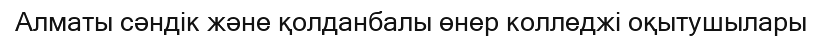
Алматы сәндік және қолданбалы өнер колледжі оқытушылары